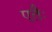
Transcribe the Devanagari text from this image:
एतैः